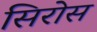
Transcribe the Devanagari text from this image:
सिरोस